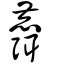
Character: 麛